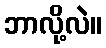
ဘာလို့လဲ။